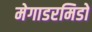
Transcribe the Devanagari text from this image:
मेगाडरमिडो